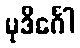
မုဒိင်္ဂေါ